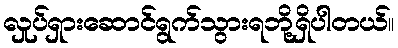
လှုပ်ရှားဆောင်ရွက်သွားရဘို့ရှိပါတယ်။